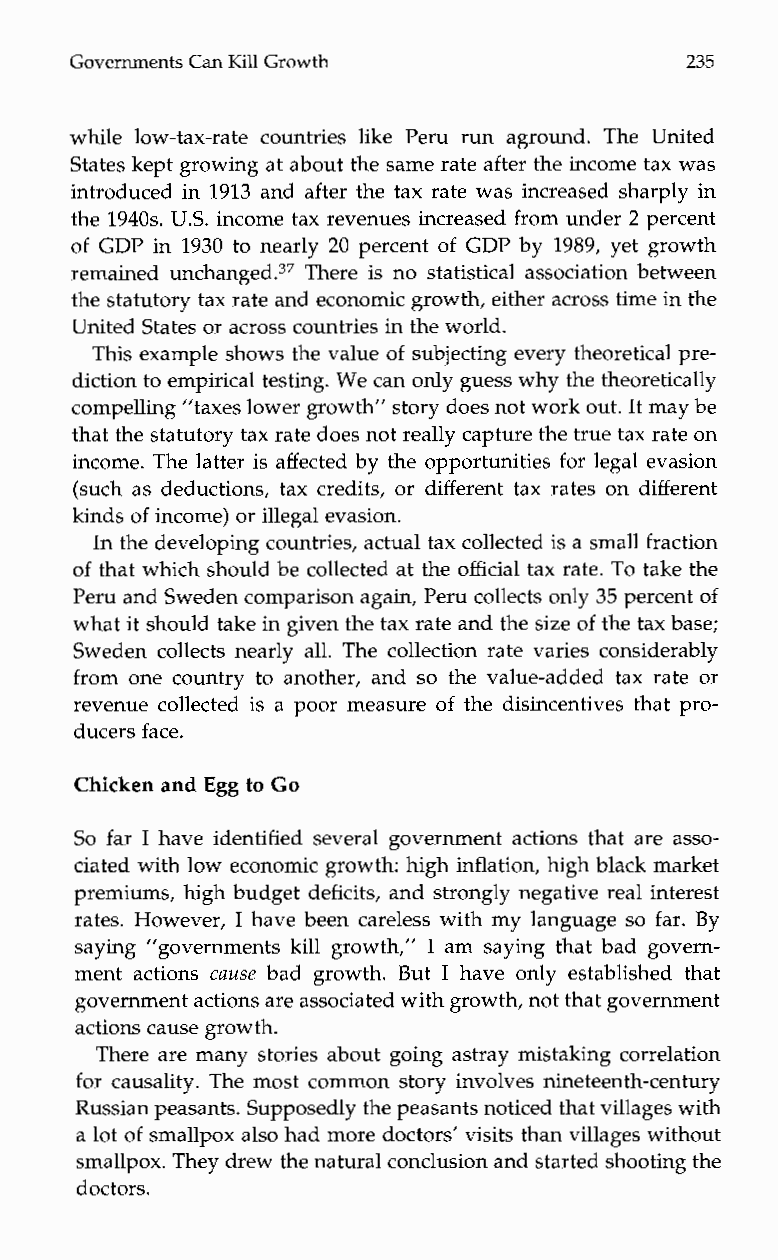
Governments Can Kill Growth              235
 while low-tax-rate countries like Peru runa ground. The United
 States kept growing at about the same rate after the income tax was
 introduced in 1913 and after the tax rate was increased sharply in
 the 1940s. US. income tax revenues increased from under 2 percent
 of GDP in 1930 to nearly 20 percent of GDP by 1989, yet growth
 remained unchanged.37 There is no statistical association between
 the statutory tax rate and economicg rowth, either across time in the
 United States or across countries in the world.
 This example shows the value of subjecting every theoretical pre-
 diction to empirical testing. We can only guess why the theoretically
 compelling ”taxes lower growth” story doens ot work out. It may be
 that the statutory tax rate does not really capture the true tax rate on
 income. The latter is affected by the opportunities for legal evasion
 (such as deductions, tax credits, or different tax rates on different
 kinds of income) or illegal evasion.
 In the developing countries, actual tax collected is a small fraction
 of that which should be collected at the official tax rate. To take the
 Peru and Sweden comparison again, Peru collects only 35 percent of
 what it should take in given the tax rate and the size of the tax base;
 Sweden collects nearly all. The collection rate varies considerably
 from one country to another, and so the value-added tax rate or
 revenue collected is a poor measure of the disincentives that pro-
 ducers face.
 Chicken and Egg to Go
 So far I have identified several government actions that are asso-
 ciated with low economic growth: high inflation, high black market
 premiums, high budget deficits, and strongly negative real interest
 rates. However, I have been careless with my language so far. By
 saying ”governments kill growth,” I am saying that bad govern-
 ment actions cause bad growth. But I have only established that
 government actions are associated with growth, not that government
 actions cause growth.
 There are many stories about going astray mistaking correlation
 for causality. The most common story involves nineteenth-century
 Russian peasants. Supposedly the peasants noticed that villages with
 a lot of smallpox also had more doctors’ visits than villages without
 smallpox. They drew the natural conclusion and started shooting the
 doctors.